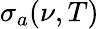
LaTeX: \sigma_{a}(\nu,T)